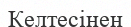
Келтесінен